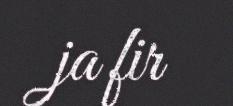
ja fir